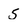
Character: 5